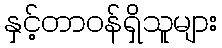
နှင့်တာဝန်ရှိသူများ